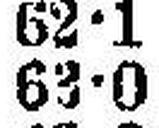
63•0